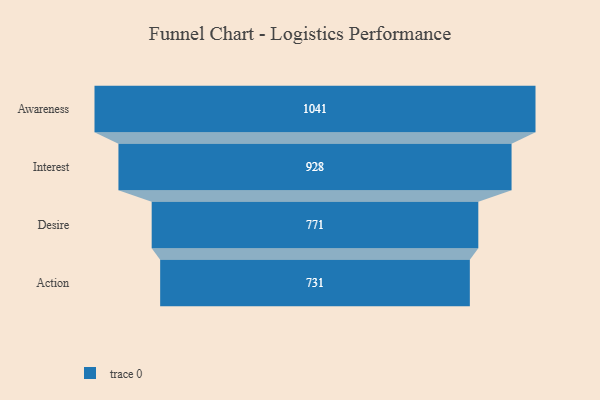
{"axis": {"x": "Stage", "y": "Value"}, "legend": [""], "data": [{"x": "Awareness", "y": 1041.0, "type": ""}, {"x": "Interest", "y": 928.0, "type": ""}, {"x": "Desire", "y": 771.0, "type": ""}, {"x": "Action", "y": 731.0, "type": ""}]}